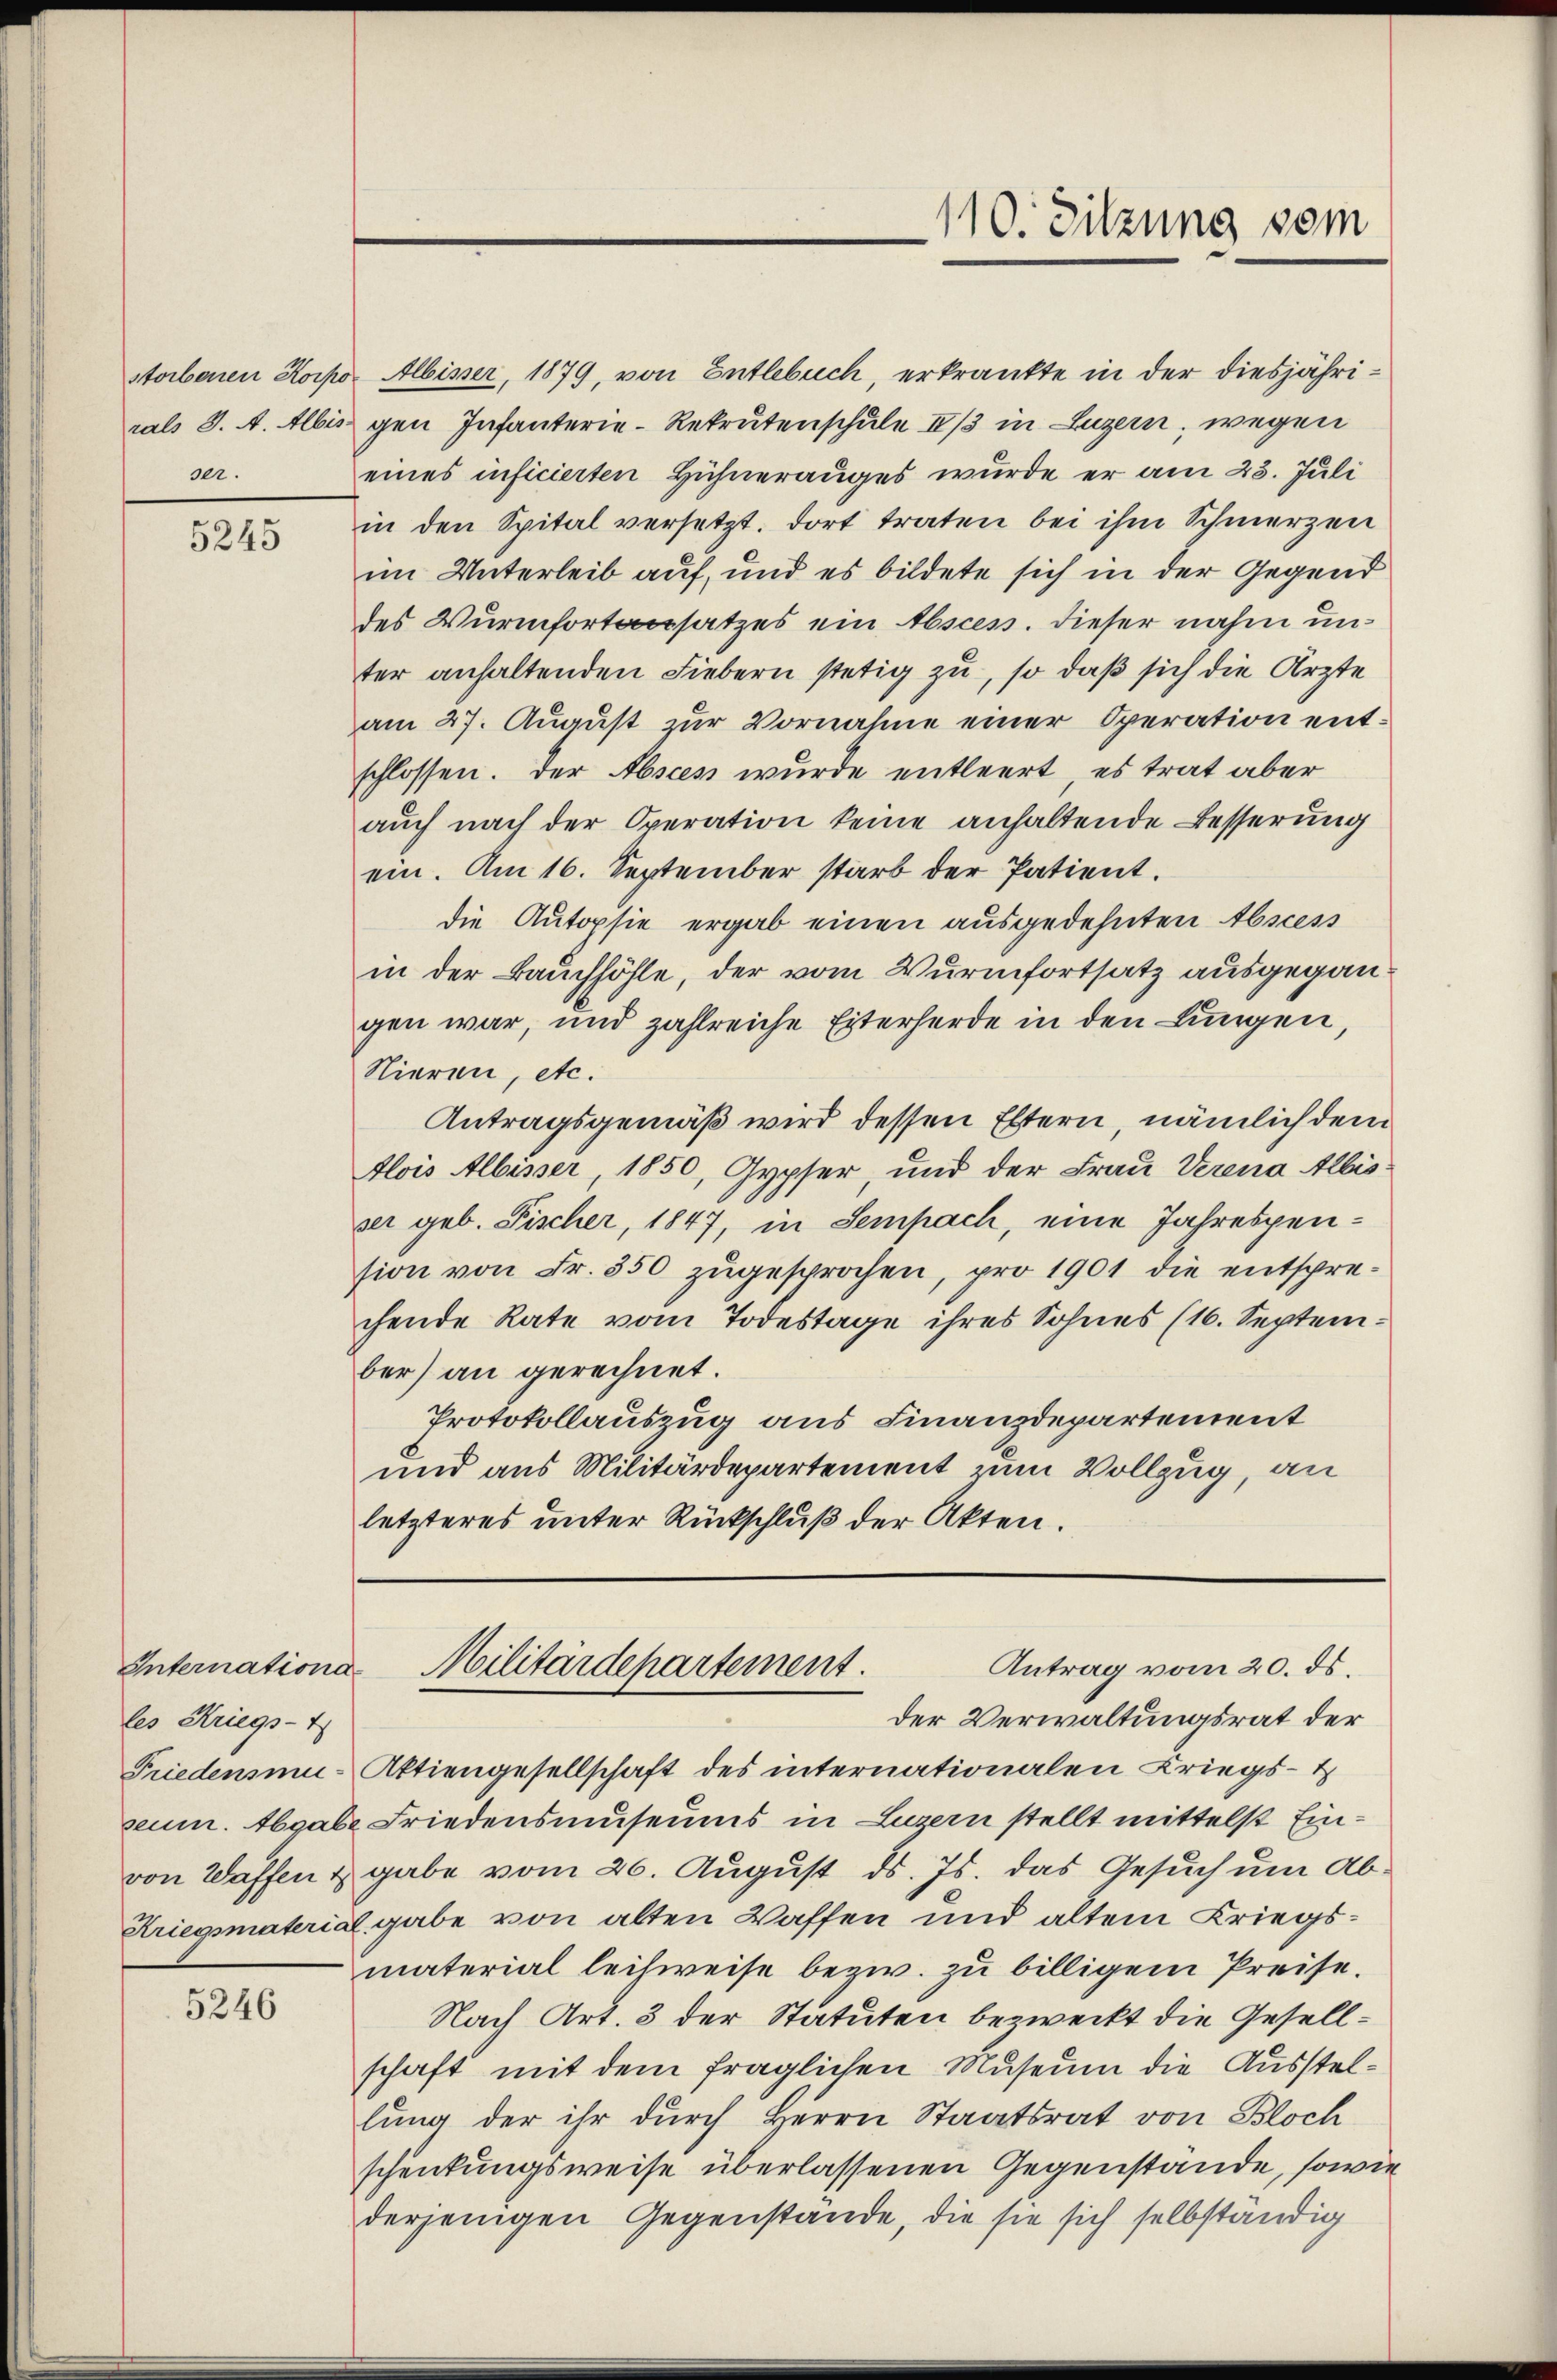
ser.

5245

les Kriegs-I

5246

110. Sitzung vom

Antrag vom 20. ds.
Internation Militärdepartement.

storbenen Korpo Albisser, 1879, von Entlebuch, erkrankte in der diesjähriral S. A. Albis gen Infanterie-Rekrutenschule II/3 in Luzern, wegen
eines inficierten Hühnerauges wurde er am 23. Juli
in den Spital versetzt. Dort traten bei ihm Schmerzen
im Unterleib auf, und es bildete sich in der Gegend
des Wurmfortansatzes ein Absces. Dieser nahm unter anhaltenden Fiebern stetig zu, so daß sich die Ärzte
am 27. August zur Vornahme einer Operation entschlossen. Der Abscen wurde entleert, es trat aber
auch nach der Operation keine anhaltende Besserung
ein. Am 16. September starb der Patient.
die Autopsie ergab einen ausgedehnten Abscess
in der Bauchhöhle, der vom Vurmfortsatz ausgegangen war, und zahlreiche Eiterherde in den Lungen,
Nieren, etc.
Antragsgemäß wird dessen Eltern, nämlich dem
Alois Albisser 1850, Gypser, und der Frau Verena Albisser geb. Fischer, 1847, in Sempach, eine Jahrespension von Fr. 350 zugesprochen, pro 1901 die entsprechende Rate vom Todestage ihres Sohnes (16. September) an gerechnet.
Protokollauszug aus Finanzdepartement
und aus Militärdepartement zum Vollzug, an
letzteres unter Rückschluß der Akten.

der Verwaltungsrat der
Friedenen- Aktiengesellschaft des internationalen Kriegs- &
seum. Abgabe Friedensmuseums in Luzern stellt mittelst Einvon Waffen & gabe vom 26. August ds. Js. das Gesuch um Ab¬
Kriegsmaterial gabe von alten Waffen und altem Kriegsmaterial leihweise bezw. zu billigem Preise.
Nach Art. 3 der Statuten bezweckt die Gesellschaft mit dem fraglichen Museum die Ausstellung der ihr durch Herrn Staatsrat von Bloch
schenkungsweise überlassenen Gegenstände, sowie
derjenigen Gegenstände, die sie sich selbständig